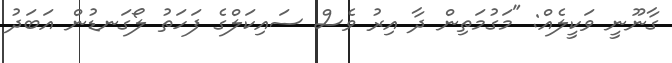
ގާނޫނީ ވަކީލެއް: "މަގުމަތިން ދާ އިރު ވެސް ސައިކަލްގެ ފަހަތު ލޯގަނޑުން އަބަދު